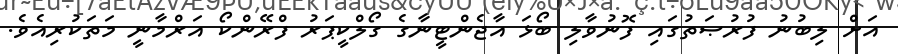
އަށް ލިބުނު ފުރުޞަތުގައި ފޮނުވާލި ބޯޅަ އާޖެންޓީނާގެ ގޯލްކީޕަރު ފްރޭންކޯ އަރްމާނީ މަތަކުރިއެވެ.